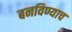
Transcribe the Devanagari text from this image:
बनविण्याच